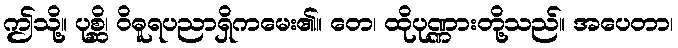
ဤသို့။ ပုစ္ဆိ၊ ဝိဓူရပညာရှိကမေး၏။ တေ၊ ထိုပုဏ္ဏားတို့သည်။ အပေတာ၊